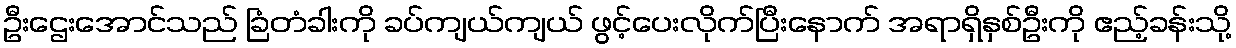
ဦးဌေးအောင်သည် ခြံတံခါးကို ခပ်ကျယ်ကျယ် ဖွင့်ပေးလိုက်ပြီးနောက် အရာရှိနှစ်ဦးကို ဧည့်ခန်းသို့